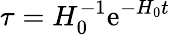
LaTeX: \tau=H_{0}^{-1}\mathrm{e}^{-H_{0}t}